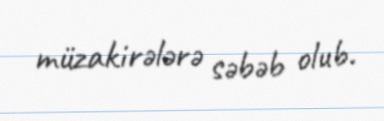
müzakirələrə səbəb olub.